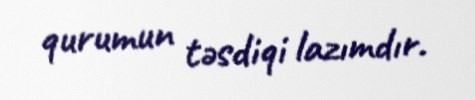
qurumun təsdiqi lazımdır.